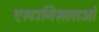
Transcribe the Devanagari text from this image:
एस्टानिसलाओ